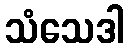
သံသေဒါ